Bréfritari: Jóna Hálfdanardóttir
Viðtakandi: Helgi Hálfdánarson
Dagsetning: A-1849-08-26
Skrifað á: Eyri  N-Ís.
Jóna var systir Helga Hálfdanarsonar

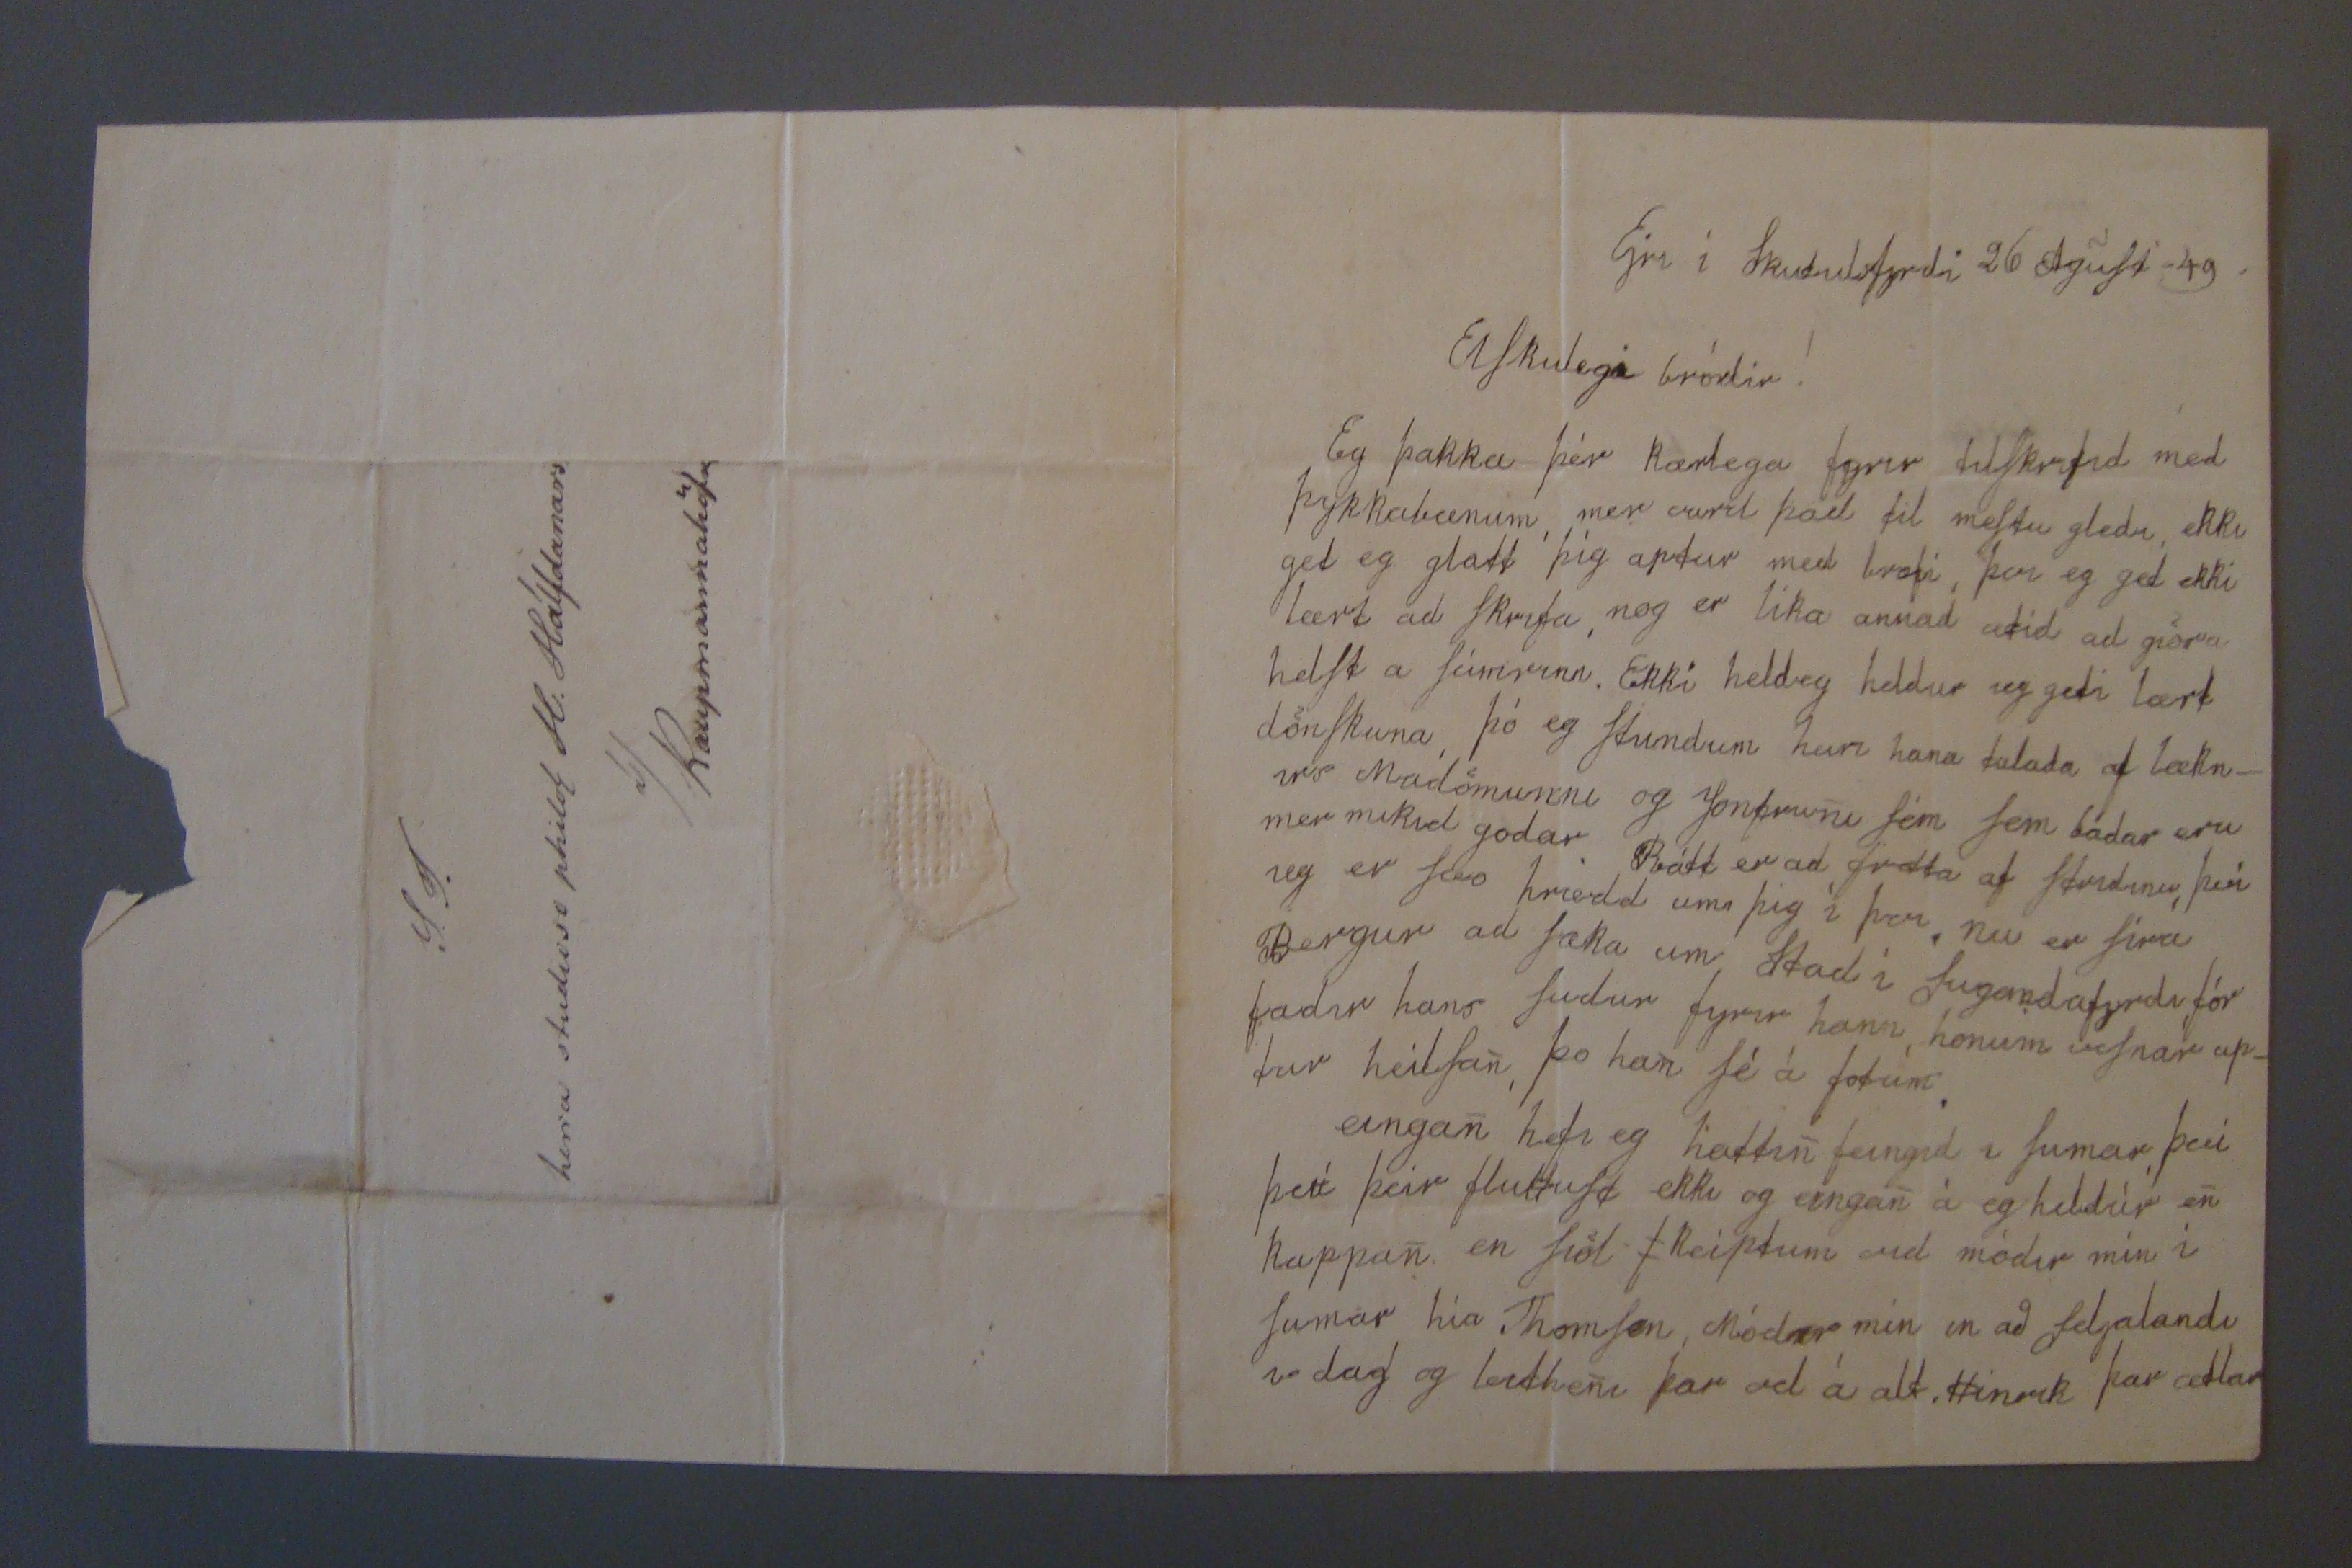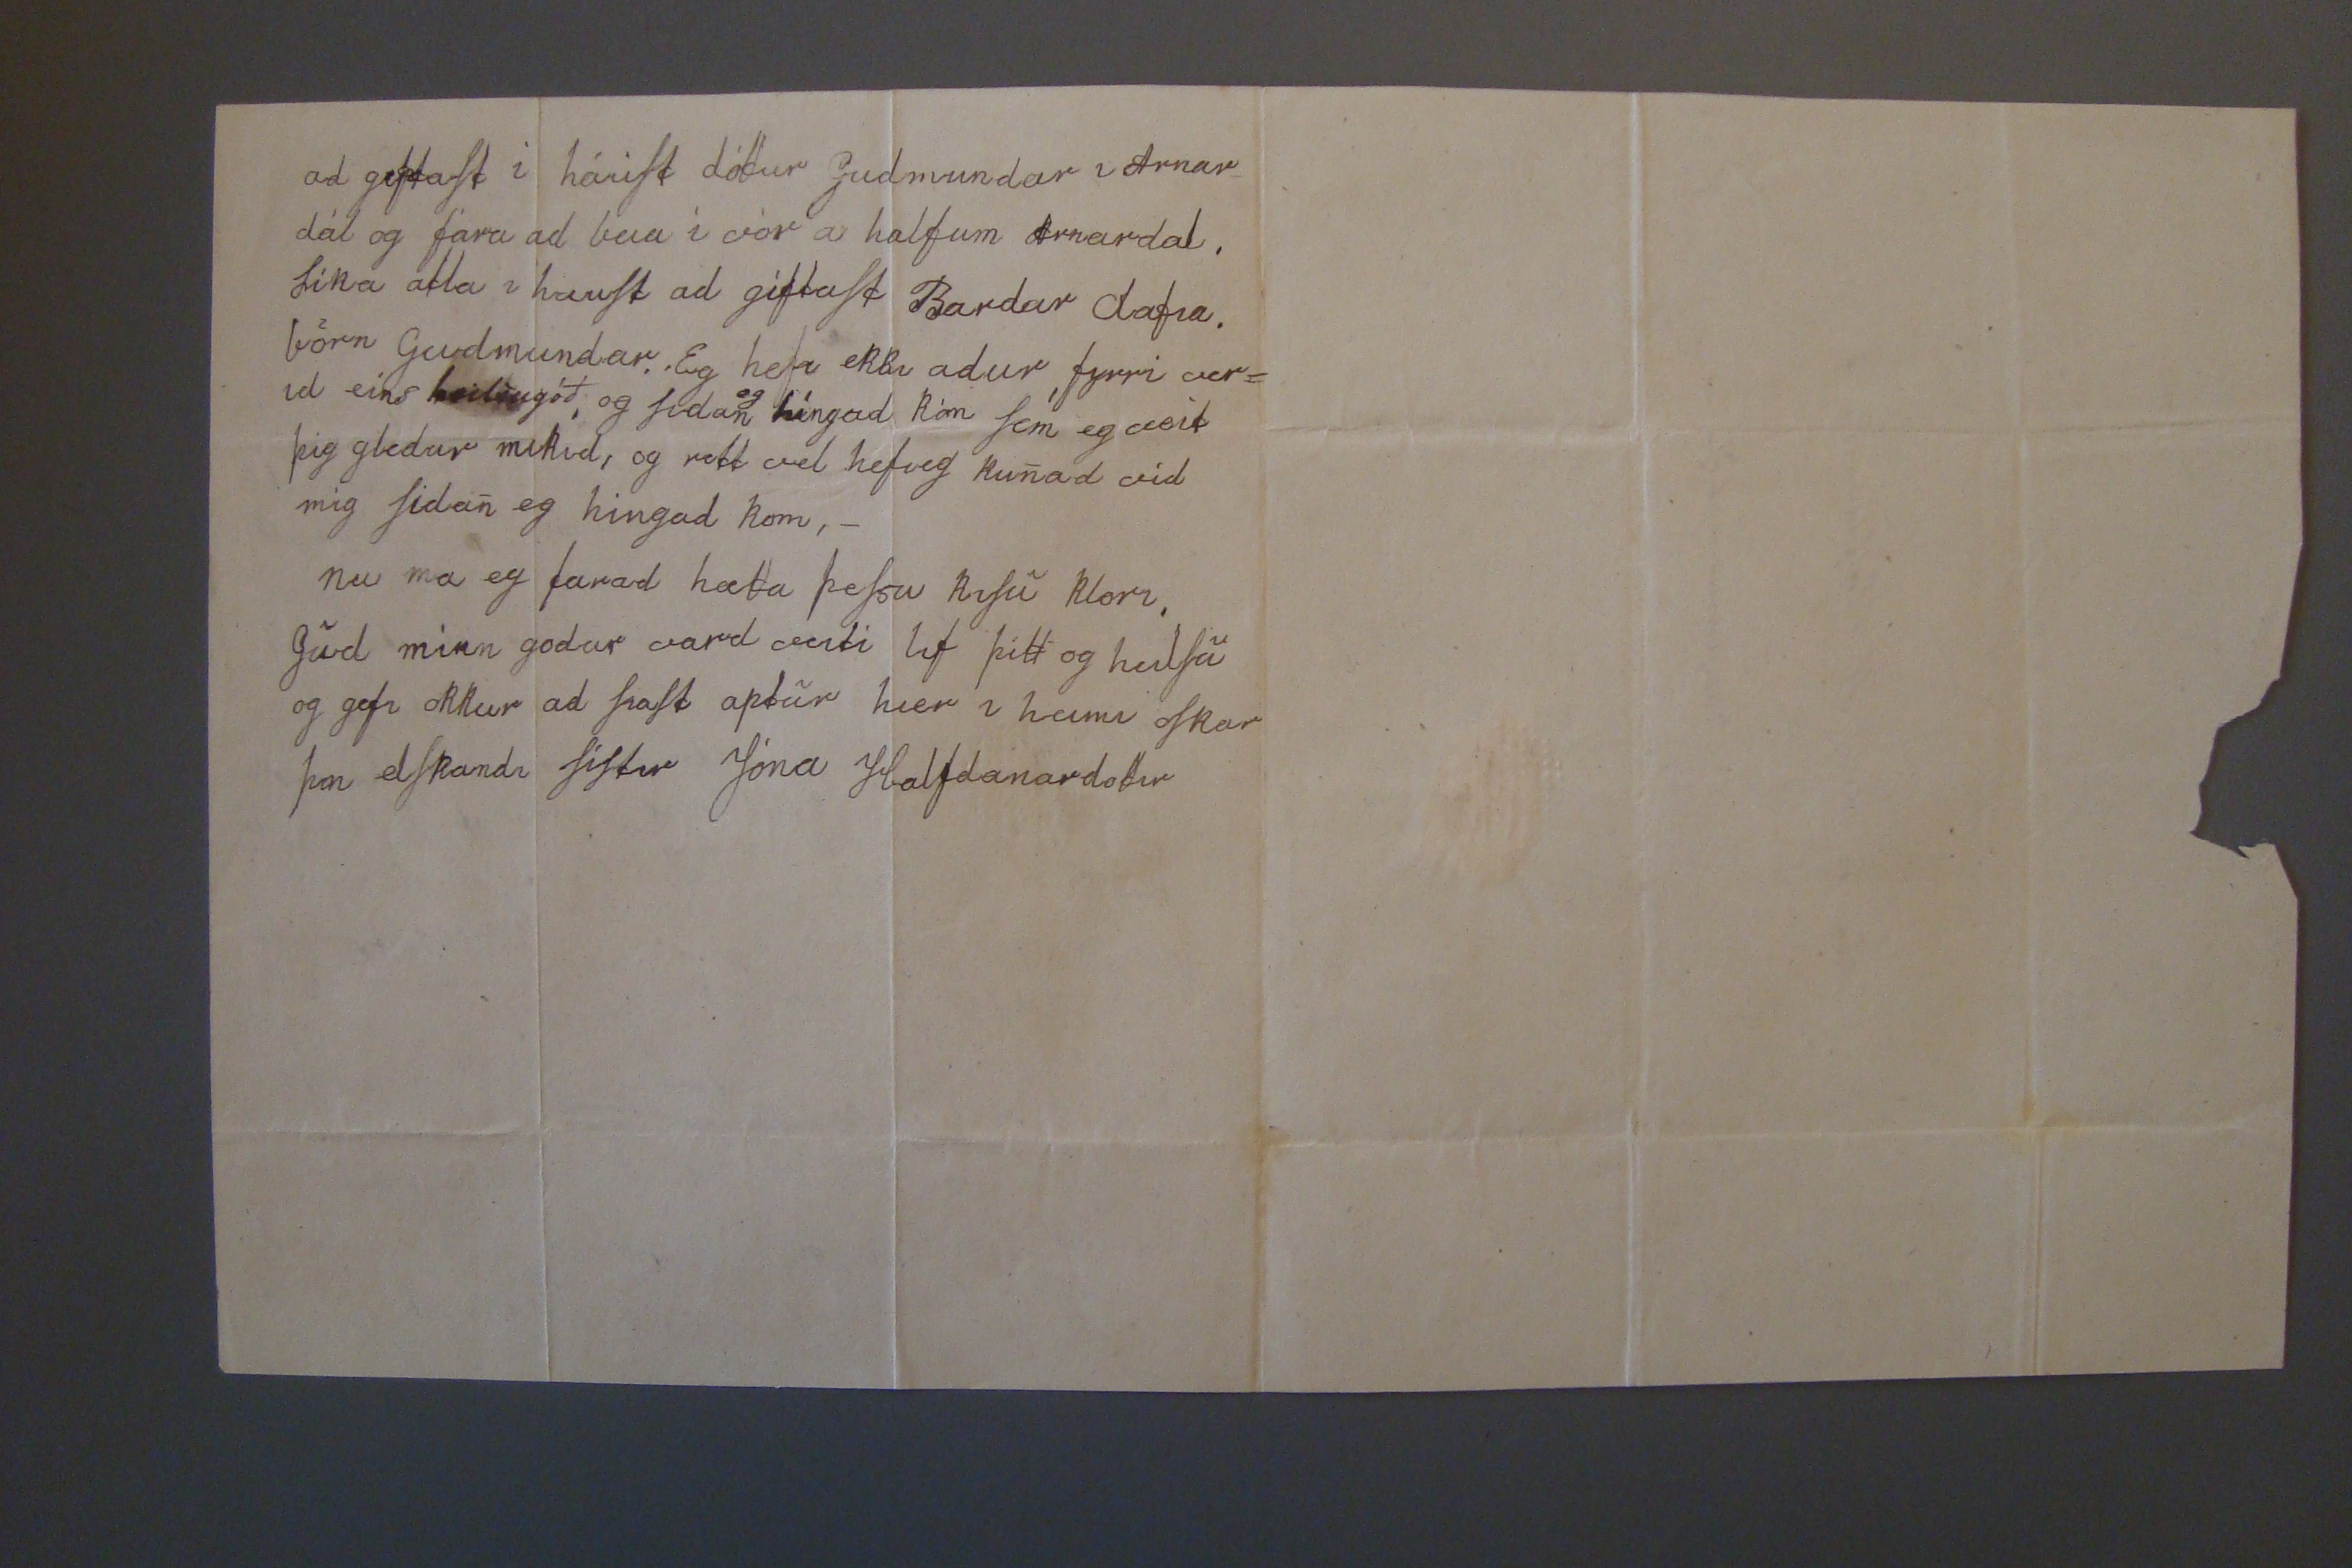

Eyri í Skudulsfyrdi 26 Agust 49.
Elskulegi bródir!
Eg þakka þér kærlega fyrir tilskrifid med þykkabænum, mer vard þad til mestu gledi, ekki get eg glatt þig aptur med kroti, þar eg get ekki lært ad skrifa, nog er líka annad ætíd ad giörva helst a súmrinn. Ekki heldeg heldur ieg geti lært dönskuna, þó eg stundum heiri hana talada af lækn_ irs Madömunni og Jonfrunni sém sem bádar eru ieg er svo hrædd um þig í þvi. Nu er síra Bergur ad sæka um Stad í Sugandafyrdi fór fadir hans sudur fyrir hann honum vesnar ap_ tur heilsan, þo hann sé á fotum, eingann hefi eg hattinn feingid i sumar, því þott þeir fluttust ekki og eingann á eg heldur enn kappann en fiöl
s
keiptum vid módir mín í sumar hía Thomsen, Módir mín en að Seljalandi i dag og
leit
henni þar ad á alt. Hinrik þar ætlar
ad giftast i haust dóttur Gudmundar i Arnar_ dal og fara ad bua i vor a halfum Arnardal. Líka atla i haust ad giftast Bardar
dafia
börn gudmundar. Eg hefi ekki adur, fyrri ver= id eins heilsugóð, og sidan
eg
híngad kom sem eg veit þig gledur mikid, og rett vel hefi eg kunnad vid mig sidann eg hingad kom,_ nu ma eg farad hætta þessu kisu klori, gud minn godur vard veiti lif þitt og heilsu og gefi okkur ad siast aptur hier i heimi oskar þin elskandi sistir Jóna Halfdanardottir
S.T. herra studioso philos H: Hálfdanars á Kaupmannahöfn